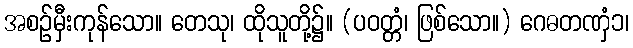
အစဉ်မှီးကုန်သော။ တေသု၊ ထိုသူတို့၌။ (ပဝတ္တံ၊ ဖြစ်သော။) ဂေဓတဏှံ၁၊